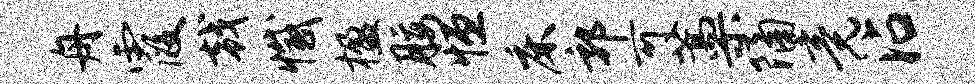
舟霞戟撼楹腰恒床郭可藁隔竟沾